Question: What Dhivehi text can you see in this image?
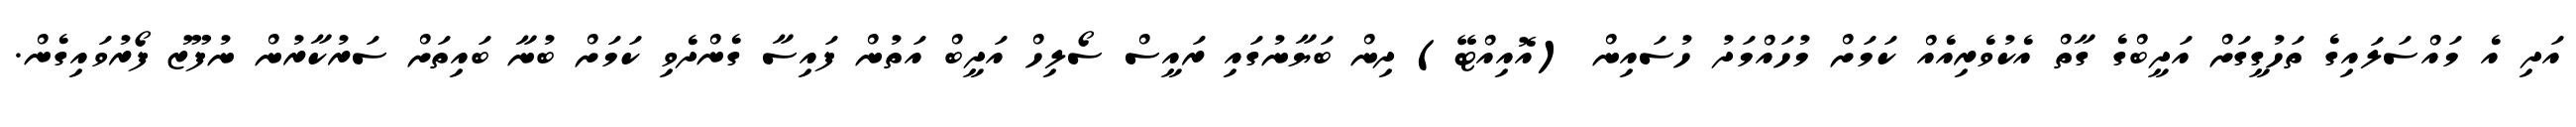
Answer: އަދި އެ މައްސަލައިގެ ތަހުގީގަށް އަދީބްގެ ގާތް އެކުވެރިއެއް ކަމަށް މުހައްމަދު ހުސައިން (އޮއިއްޓޭ) ދިން ބަޔާނުގައި ރައީސް ސޯލިހް އަދީބް އަތުން ފައިސާ ގެންދެވި ކަމަށް ބުނާ ބައިތަށް ސަރުކާރުން ނުފޫޒު ފޯރުވައިގެން.